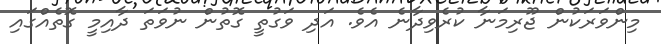
މިންވަރަކުން ޖޫރިމަނާ ކުރެވިދާނެ އެވެ. އަދި ވަގުތީ ގޮތުން ނުވަތަ ދާއިމީ ގޮތެއްގައި